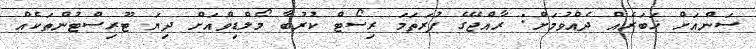
ސަންއަށް ޚަބަރެއް ދެއްވުމަށް: ރާއްޖޭގެ ފުރަތަމަ ރިސޯޓް ކުރުބާ މޯލްޑިވްއަށް ދިޔަ ޓޫރިސްޓުންތަކެއް